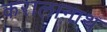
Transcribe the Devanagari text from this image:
करालानाथ